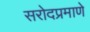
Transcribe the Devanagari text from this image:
सरोदप्रमाणे